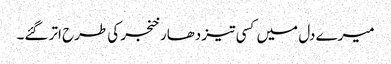
میرے دل میں کسی تیز دھار خنجر کی طرح اتر گئے۔